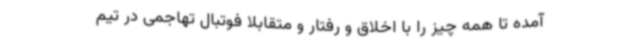
آمده تا همه چیز را با اخلاق و رفتار و متقابلا فوتبال تهاجمی در تیم